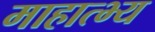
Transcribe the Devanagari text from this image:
माहात्भ्य